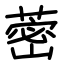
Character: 蔤